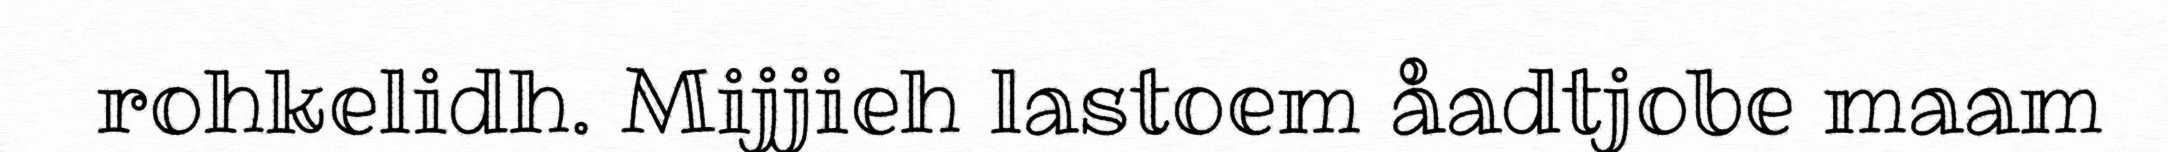
rohkelidh. Mijjieh lastoem åadtjobe maam